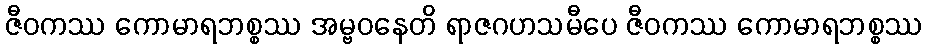
ဇီဝကဿ ကောမာရဘစ္စဿ အမ္ဗဝနေတိ ရာဇဂဟသမီပေ ဇီဝကဿ ကောမာရဘစ္စဿ